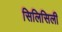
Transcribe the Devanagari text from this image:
सिलिसिली